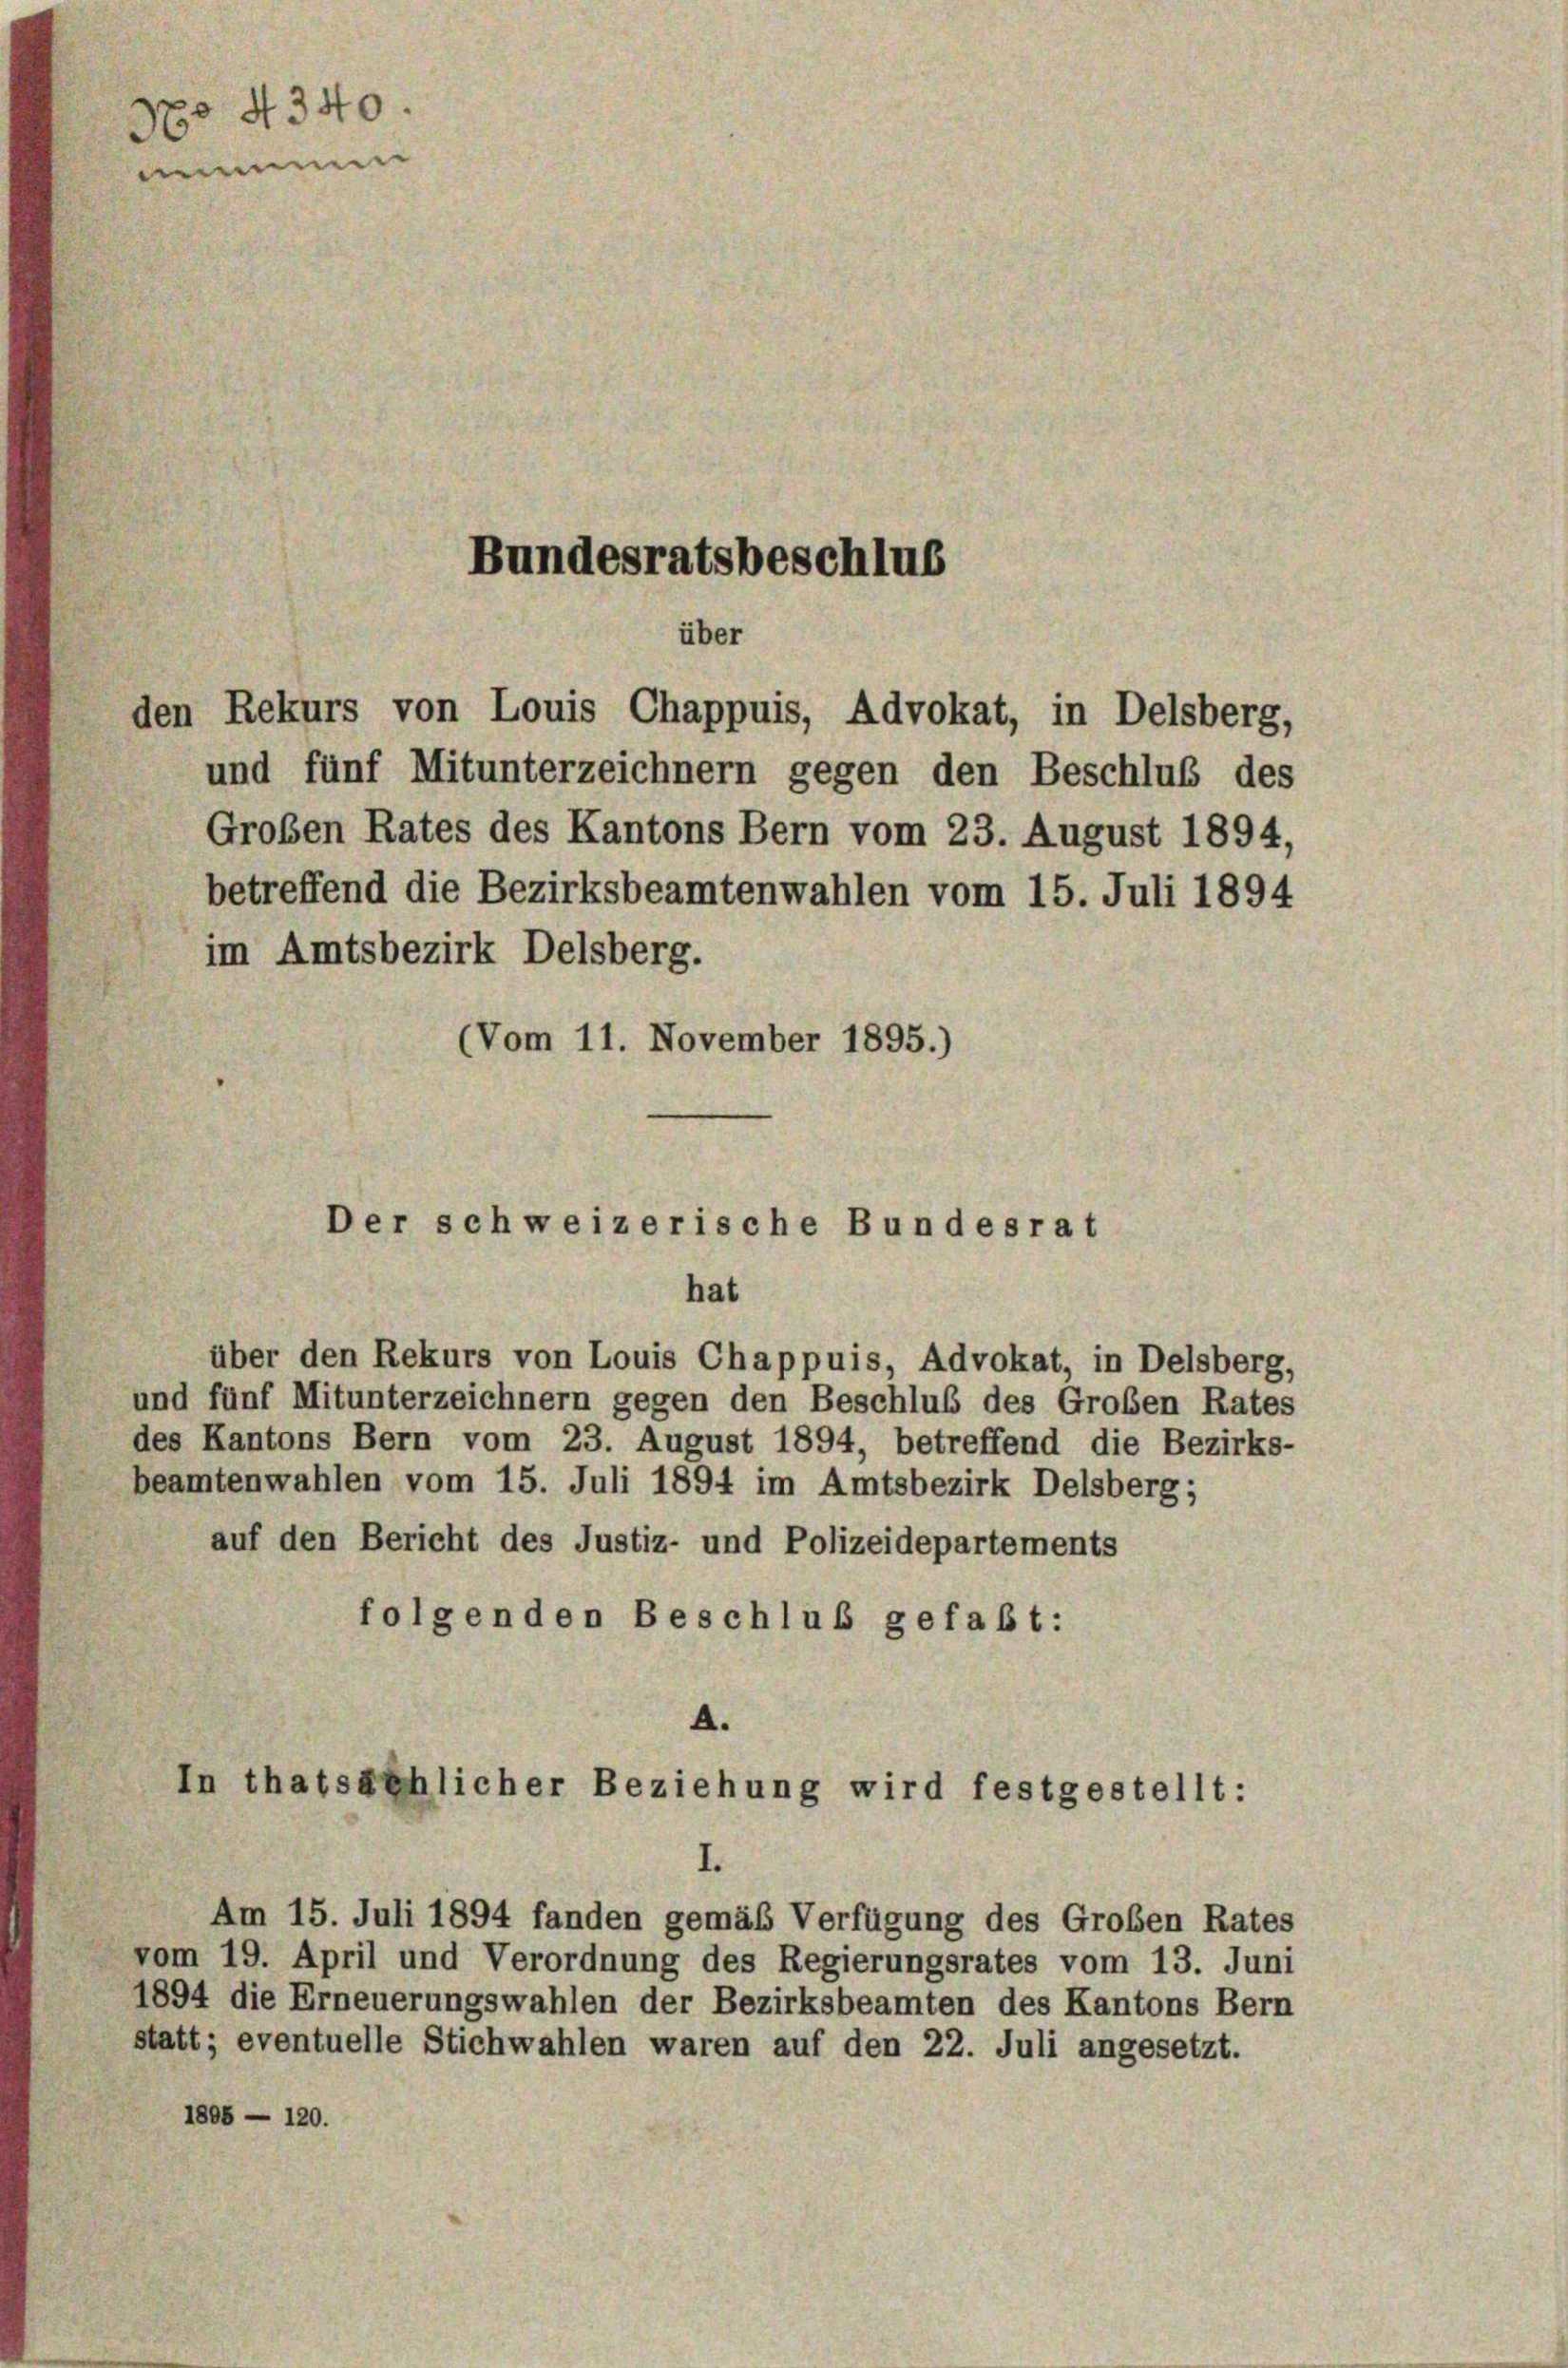
Deo 4340.
mimmen

über
den Rekurs von Louis Chappuis, Advokat, in Delsberg,
und fünf Mitunterzeichnern gegen den Beschluß des
betreffend die Bezirksbeamtenwahlen vom 15. Juli 1894
im Amtsbezirk Delsberg.
(Vom 11. November 1895.)
Der schweizerische Bundesrat

Bundesratsbeschlus

Großen Rates des Kantons Bern vom 23. August 1894,

hat
über den Rekurs von Louis Chappuis, Advokat, in Delsberg,
und fünf Mitunterzeichnern gegen den Beschluß des Großen Rates
des Kantons Bern vom 23. August 1894, betreffend die Bezirks-
beamtenwahlen vom 15. Juli 1894 im Amtsbezirk Delsberg;
auf den Bericht des Justiz- und Polizeidepartements
folgenden Beschluß gefaßt:
A.
In thatsächlicher Beziehung wird festgestellt:
I.
Am 15. Juli 1894 fanden gemäß Verfügung des Großen Rates
vom 19. April und Verordnung des Regierungsrates vom 13. Juni
1894 die Erneuerungswahlen der Bezirksbeamten des Kantons Bern
statt; eventuelle Stichwahlen waren auf den 22. Juli angesetzt.
1805 — 120.